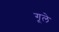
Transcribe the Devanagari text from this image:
गूले